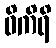
ဝိကိရိ